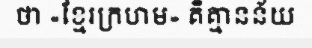
ថា «ខ្មែរក្រហម» គឺគ្មានន័យ